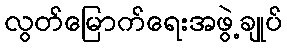
လွတ်မြောက်ရေးအဖွဲ့ချုပ်